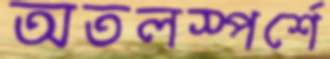
অতলস্পর্শে